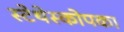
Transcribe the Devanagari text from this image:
स्टेथेस्कोपका